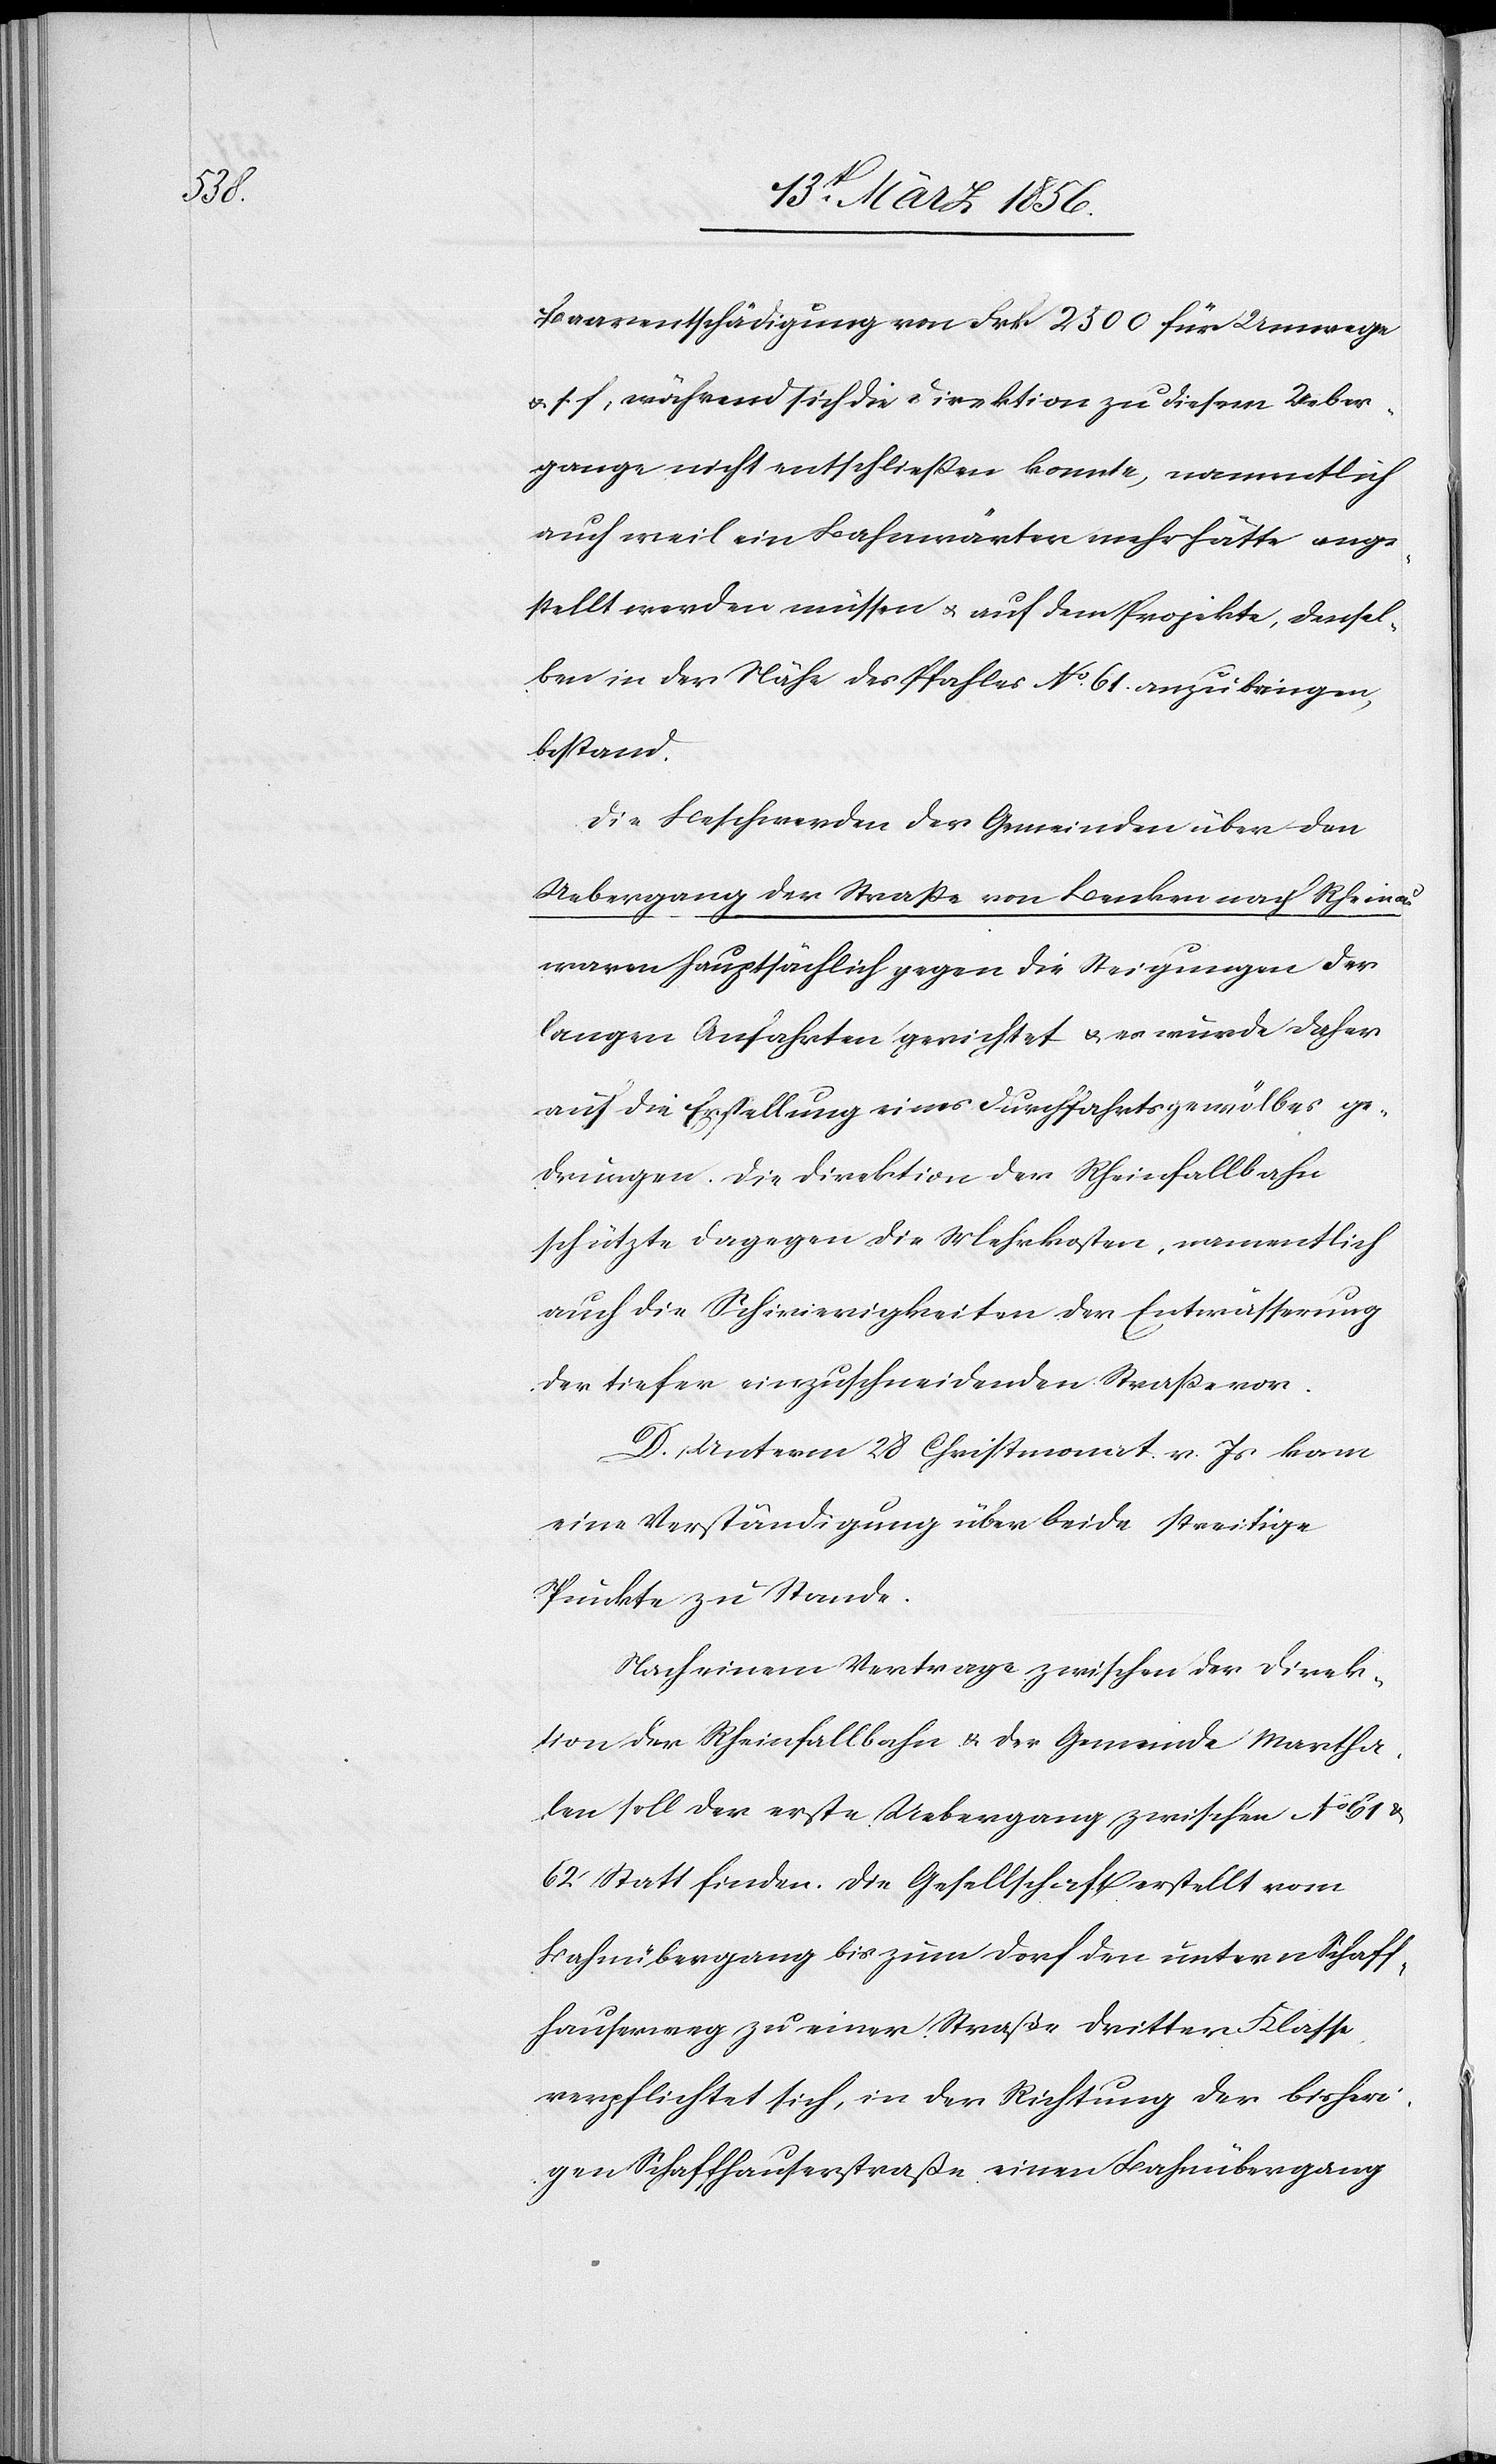
Baarentschädigung von Frk 2500 für Umwege
u. s. f, während sich die Direktion zu diesem Ueber¬
gange nicht entschließen konnte, namentlich
auch weil ein Bahnwärter mehr hätte ange¬
stellt werden müssen u. auf dem Projekte, densel¬
ben in der Nähe des Pfahles No. 61. anzubringen
bestand.
Die Beschwerden der Gemeinden über den
Uebergang der Straße von Benken nach Rheinau
waren hauptsächlich gegen die Steigungen der
langen Anfahrten gerichtet u. es wurde daher
auf die Erstellung eines Durchfahrtsgewölbes ge¬
drungen. Die Direktion der Rheinfallbahn
schützte dagegen die Mehrkosten, namentlich
auch die Schwierigkeiten der Entwässerung
der tiefer einzuschneidenden Straße vor.
D. Unterm 28 Christmonat v. Js kam
eine Verständigung über beide streitige
Punkte zu Stande.
Nach einem Vertrage zwischen der Direk¬
tion der Rheinfallbahn & der Gemeinde Martha¬
len soll der erste Uebergang zwischen No 61 &
62 Statt finden. Die Gesellschaft erstellt vom
Bahnübergang bis zum Dorf den untern Schaff¬
hauserweg zu einer Straße dritter Klasse,
verpflichtet sich, in der Richtung der bisheri¬
gen Schaffhauserstraße einen Bahnübergang